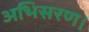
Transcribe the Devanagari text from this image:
अभिसरण।